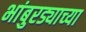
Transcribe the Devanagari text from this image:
भांबुरड्याच्‍या